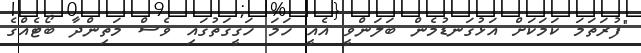
"ފުރަތަމަ ކަމަކަށް އަޅުގަނޑުމެން ބަލަންވީ އެއީ ހަމަ ހަގީގަތުގައި ވެސް މަތިންދާ ބޯޓެއްގެ